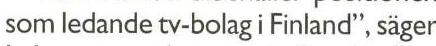
som ledande tv-bolag i Finland", säger